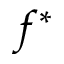
f ^ { * }